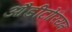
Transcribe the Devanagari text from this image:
औडीटोरियम